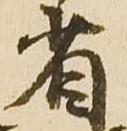
省